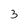
Character: 3